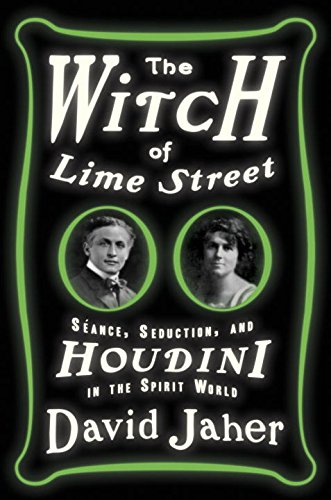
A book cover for The Witch of Lime Street: SÃ©ance, Seduction, and Houdini in the Spirit World; David Jaher; Biographies & Memoirs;